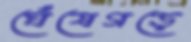
ঘেঁষেগড়ে